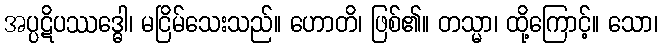
အပ္ပဋိပဿဒ္ဓေါ၊ မငြိမ်သေးသည်။ ဟောတိ၊ ဖြစ်၏။ တသ္မာ၊ ထို့ကြောင့်။ သော၊